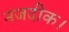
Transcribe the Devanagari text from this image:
नजदीक।